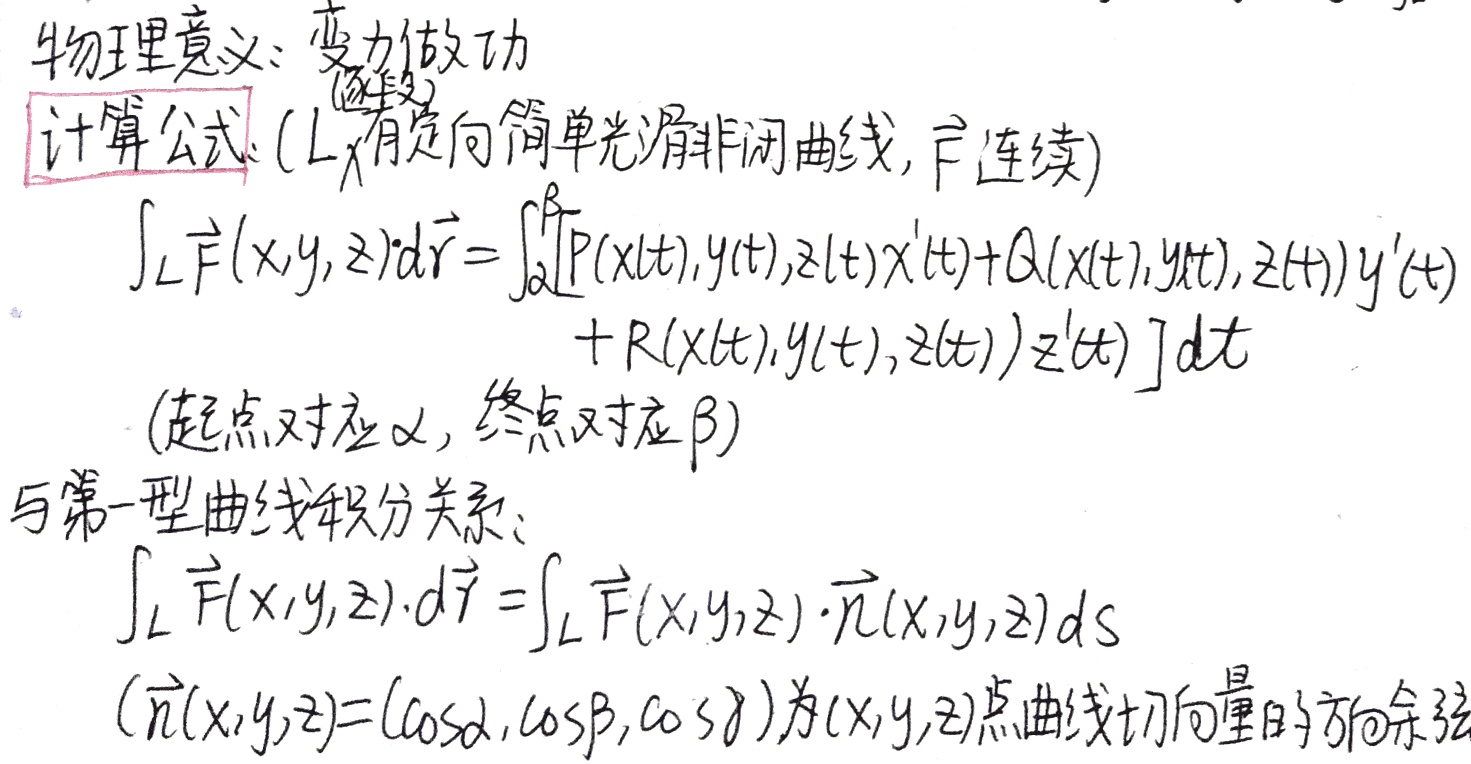
物理意义：变力做功(逐段)计算公式（\(L\)有定向简单光滑非闭曲线，\(\vec{F}\)连续）。

\[
\begin{align*}
\int_{L}\vec{F}(x,y,z)\cdot d\vec{r}&=\int_{\alpha}^{\beta}[P(x(t),y(t),z(t))x^{\prime}(t)+Q(x(t),y(t),z(t))y^{\prime}(t)\\
&\quad +R(x(t),y(t),z(t))z^{\prime}(t)]dt
\end{align*}
\]
（起点对应\(\alpha\)，终点对应\(\beta\)）

与第一型曲线积分关系：
\[
\int_{L} \vec{F}(x,y,z)\cdot d\vec{r} =\int_{L} \vec{F}(x,y,z)\cdot \vec{n}(x,y,z)ds
\]
（\(\vec{n}(x,y,z)=(\cos\alpha,\cos\beta,\cos\gamma)\)为\((x,y,z)\)点曲线切向量的方向余弦）